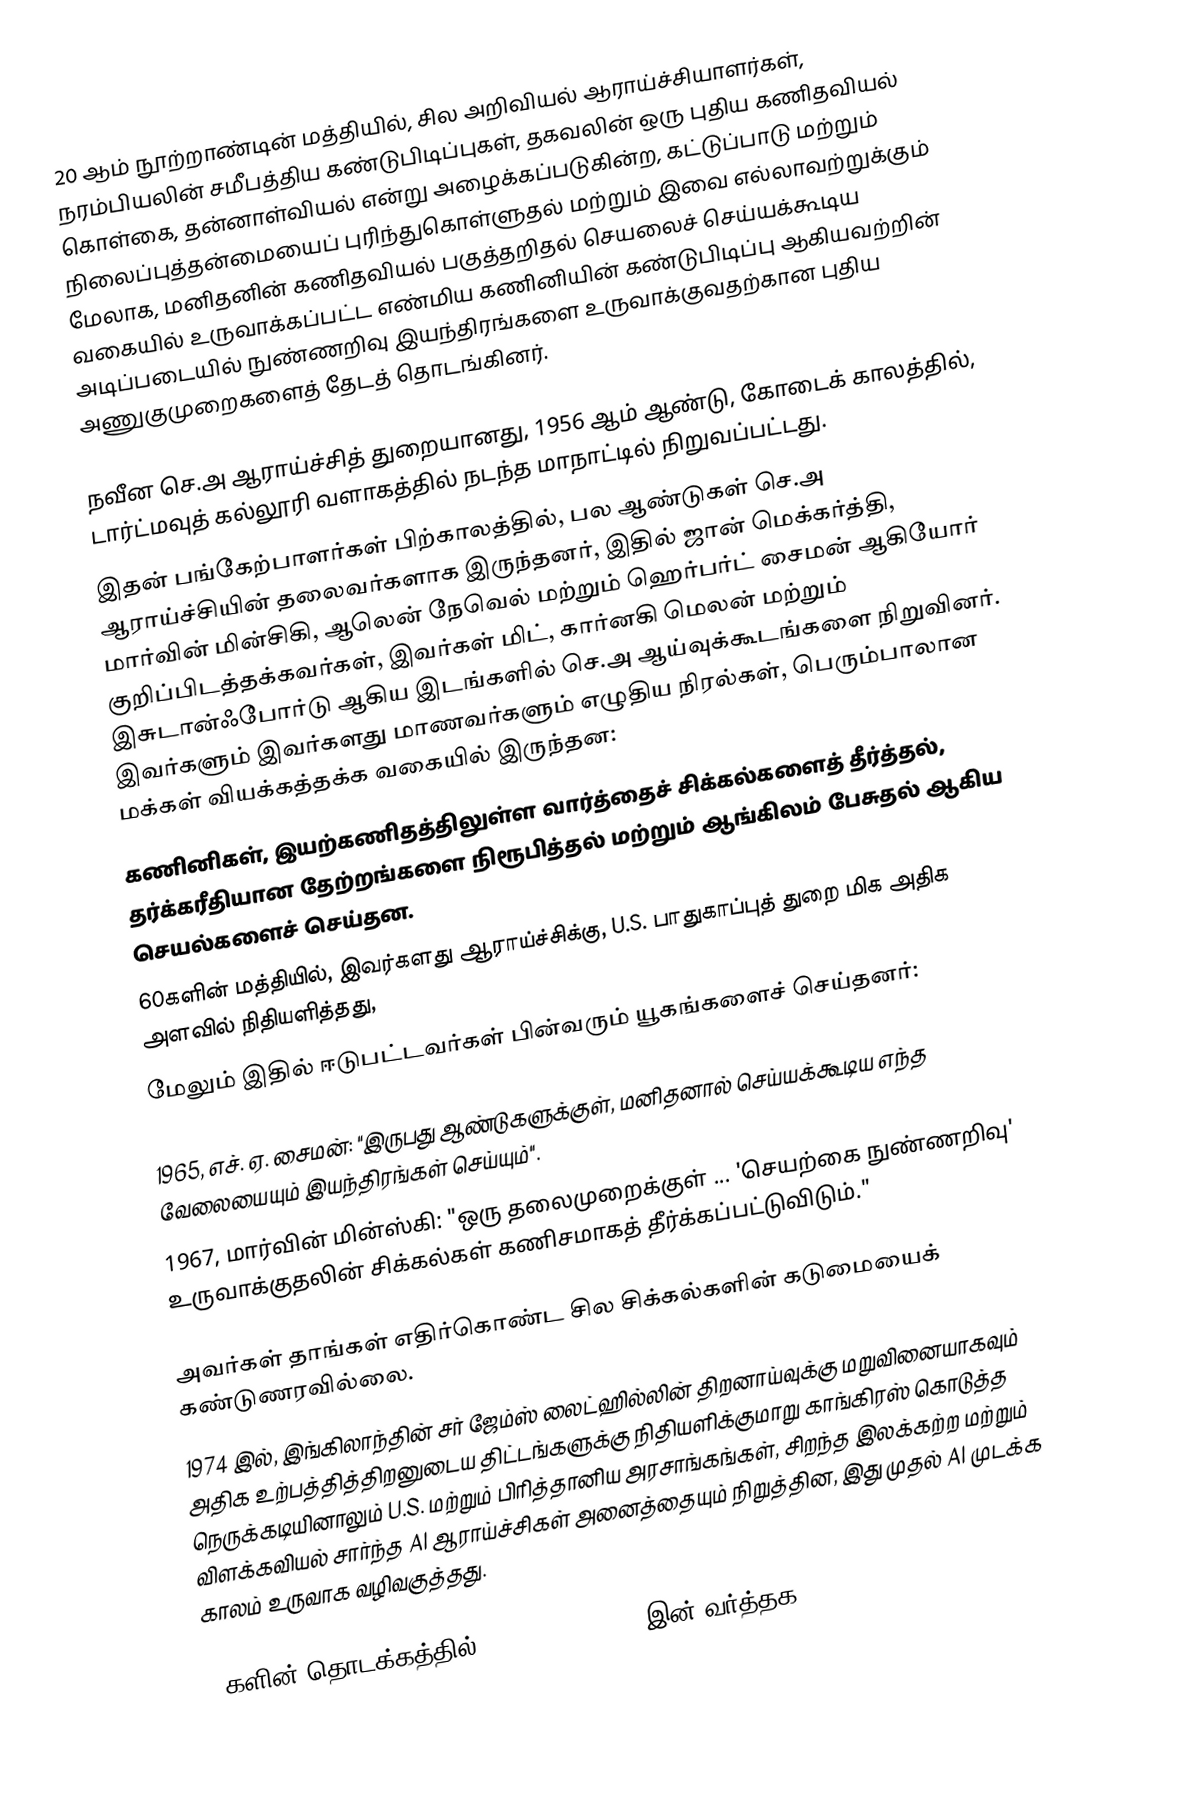
20 ஆம் நூற்றாண்டின் மத்தியில், சில அறிவியல் ஆராய்ச்சியாளர்கள், நரம்பியலின் சமீபத்திய கண்டுபிடிப்புகள், தகவலின் ஒரு புதிய கணிதவியல் கொள்கை, தன்னாள்வியல் என்று அழைக்கப்படுகின்ற, கட்டுப்பாடு மற்றும் நிலைப்புத்தன்மையைப் புரிந்துகொள்ளுதல் மற்றும் இவை எல்லாவற்றுக்கும் மேலாக, மனிதனின் கணிதவியல் பகுத்தறிதல் செயலைச் செய்யக்கூடிய வகையில் உருவாக்கப்பட்ட எண்மிய கணினியின் கண்டுபிடிப்பு ஆகியவற்றின் அடிப்படையில் நுண்ணறிவு இயந்திரங்களை உருவாக்குவதற்கான புதிய அணுகுமுறைகளைத் தேடத் தொடங்கினர்.

நவீன செ.அ ஆராய்ச்சித் துறையானது, 1956 ஆம் ஆண்டு, கோடைக் காலத்தில், டார்ட்மவுத் கல்லூரி வளாகத்தில் நடந்த மாநாட்டில் நிறுவப்பட்டது.
இதன் பங்கேற்பாளர்கள் பிற்காலத்தில், பல ஆண்டுகள் செ.அ ஆராய்ச்சியின் தலைவர்களாக இருந்தனர், இதில் ஜான் மெக்கர்த்தி, மார்வின் மின்சிகி, ஆலென் நேவெல் மற்றும் ஹெர்பர்ட் சைமன் ஆகியோர் குறிப்பிடத்தக்கவர்கள், இவர்கள் மிட், கார்னகி மெலன் மற்றும் இசுடான்ஃபோர்டு ஆகிய இடங்களில் செ.அ ஆய்வுக்கூடங்களை நிறுவினர். இவர்களும் இவர்களது மாணவர்களும் எழுதிய நிரல்கள், பெரும்பாலான மக்கள் வியக்கத்தக்க வகையில் இருந்தன:
கணினிகள், இயற்கணிதத்திலுள்ள வார்த்தைச் சிக்கல்களைத் தீர்த்தல், தர்க்கரீதியான தேற்றங்களை நிரூபித்தல் மற்றும் ஆங்கிலம் பேசுதல் ஆகிய செயல்களைச் செய்தன.
60களின் மத்தியில், இவர்களது ஆராய்ச்சிக்கு, U.S. பாதுகாப்புத் துறை மிக அதிக அளவில் நிதியளித்தது,
மேலும் இதில் ஈடுபட்டவர்கள் பின்வரும் யூகங்களைச் செய்தனர்:

1965, எச். ஏ. சைமன்: "இருபது ஆண்டுகளுக்குள், மனிதனால் செய்யக்கூடிய எந்த வேலையையும் இயந்திரங்கள் செய்யும்".
1967, மார்வின் மின்ஸ்கி: "ஒரு தலைமுறைக்குள் ... 'செயற்கை நுண்ணறிவு' உருவாக்குதலின் சிக்கல்கள் கணிசமாகத் தீர்க்கப்பட்டுவிடும்."

அவர்கள் தாங்கள் எதிர்கொண்ட சில சிக்கல்களின் கடுமையைக் கண்டுணரவில்லை.
1974 இல், இங்கிலாந்தின் சர் ஜேம்ஸ் லைட்ஹில்லின் திறனாய்வுக்கு மறுவினையாகவும் அதிக உற்பத்தித்திறனுடைய திட்டங்களுக்கு நிதியளிக்குமாறு காங்கிரஸ் கொடுத்த நெருக்கடியினாலும் U.S. மற்றும் பிரித்தானிய அரசாங்கங்கள், சிறந்த இலக்கற்ற மற்றும் விளக்கவியல் சார்ந்த AI ஆராய்ச்சிகள் அனைத்தையும் நிறுத்தின, இது முதல் AI முடக்க காலம் உருவாக வழிவகுத்தது.

80களின் தொடக்கத்தில், expert systems, இன் வர்த்தக